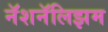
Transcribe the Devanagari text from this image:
नॅशनॅलिझम